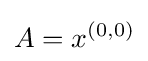
A=x^{(0,0)}